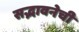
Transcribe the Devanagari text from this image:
सद्भावनेची